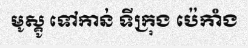
មូស្គូ ទៅកាន់ ទីក្រុង ប៉េកាំង